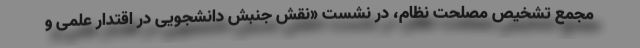
مجمع تشخیص مصلحت نظام، در نشست «نقش جنبش دانشجویی در اقتدار علمی و